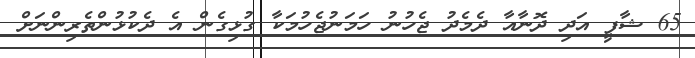
65 ޝާފީ އަދި ދޮނާއާ ދެމެދު ޖެހުނު ހަމަނުޖެހުމަކާ ގުޅިގެން އެ ދެކުޅުންތެރިންނަށް